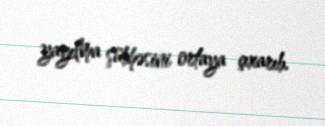
yayılma şübhəsini ortaya çıxarıb.